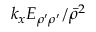
k _ { x } E _ { \rho ^ { \prime } \rho ^ { \prime } } / \bar { \rho } ^ { 2 }